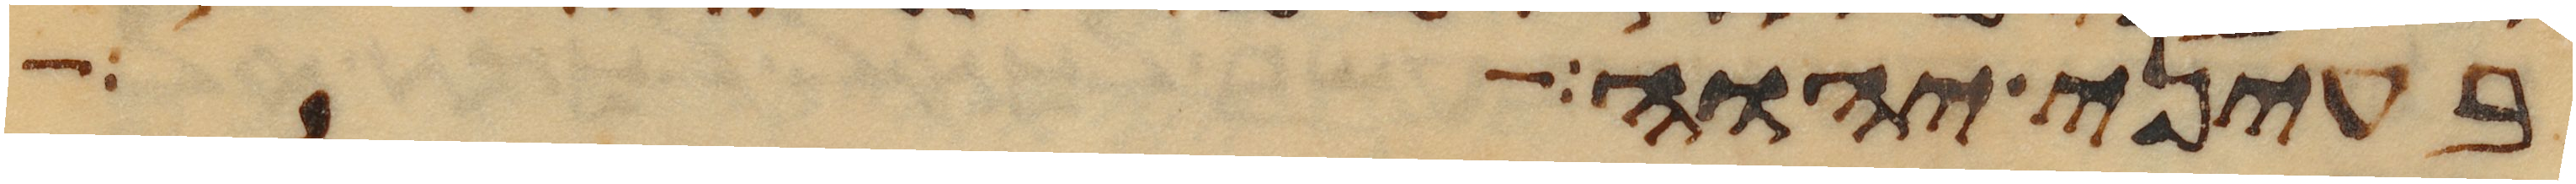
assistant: בעיני יהוה